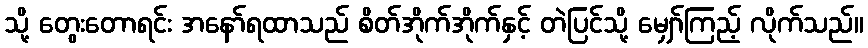
သို့ တွေးတောရင်း အနော်ရထာသည် စိတ်အိုက်အိုက်နှင့် တဲပြင်သို့ မျှော်ကြည့် လိုက်သည်။